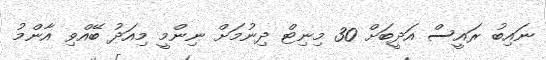
ނައިބު ރައީސް އަދީބަށް 30 މިނިޓް ދިނުމަށް ނިންމީ މިއަދު ބޭއްވި އާންމު